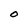
Character: O